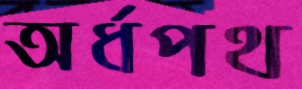
অর্ধপথ